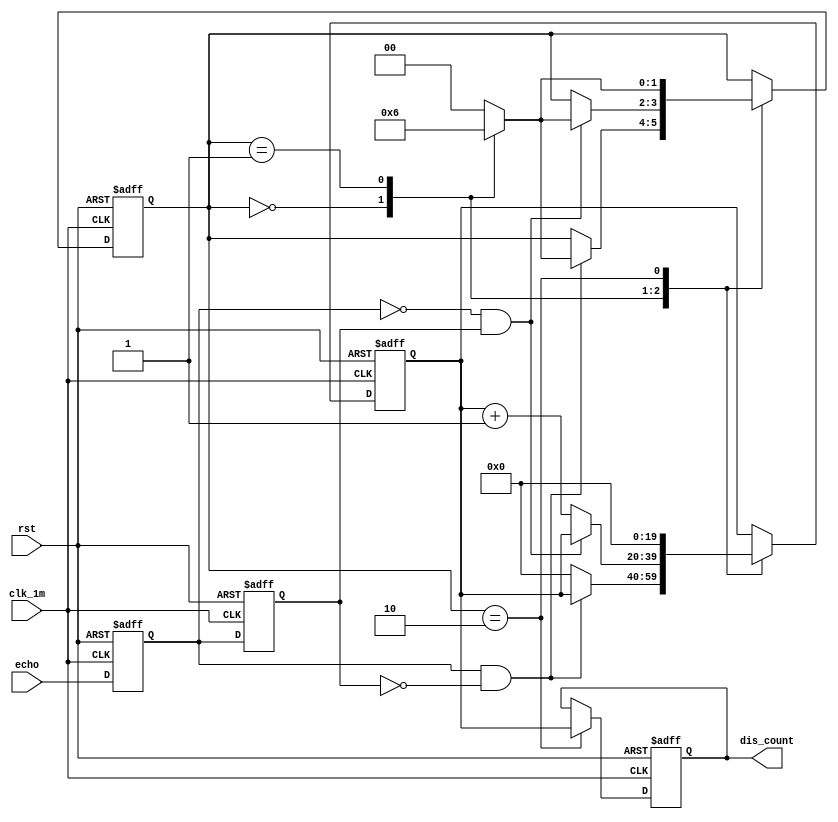
`timescale 1ns / 1ps
//////////////////////////////////////////////////////////////////////////////////
// Company: 
// Engineer: 
// 
// Design Name: 
// Module Name:    PosCounter 
// Project Name: 
// Target Devices: 
// Tool versions: 
// Description: 
//
// Dependencies: 
//
// Revision: 
// Revision 0.01 - File Created
// Additional Comments: 
//
//////////////////////////////////////////////////////////////////////////////////
module PosCounter(clk_1m, rst, echo, dis_count); // 

	input clk_1m, rst, echo;
	output[19:0] dis_count;

	/*
	 1us
	 
	 echo
	 
	*/

	parameter S0 = 2'b00, S1 = 2'b01, S2 = 2'b10; //  S0:, S1:, S2:
	reg[1:0] curr_state, next_state;
	reg echo_reg1, echo_reg2;
	assign start = echo_reg1&~echo_reg2;  //posedge
	assign finish = ~echo_reg1&echo_reg2; //negedge
	reg[19:0] count, dis_reg;
	wire[19:0] dis_count; //

	always@(posedge clk_1m, negedge rst)
	begin
		 if(~rst)
		 begin
			  echo_reg1 <= 0;
			  echo_reg2 <= 0;
			  count <= 0;
			  dis_reg <= 0;
			  curr_state <= S0;
		 end
		 else
		 begin
			  echo_reg1 <= echo;          // 
			  echo_reg2 <= echo_reg1;     // 
			  case(curr_state)
			  S0:begin//
						 if (start==1) // 
							  curr_state <= next_state; //S1
						 else
							  count <= 0;
					end
			  S1:begin//echo
						 if (finish==1) // 
							  curr_state <= next_state; //S2
						 else
							  begin
									count <= count + 1;
							  end
					end
			  S2:begin//
						 dis_reg <= count; // 
						 count <= 0;
						 curr_state <= next_state; //S0
					end
			  endcase
		 end
	end

	always@(curr_state)
	begin
		 case(curr_state)
		 S0:next_state <= S1;
		 S1:next_state <= S2;
		 S2:next_state <= S0;
		 default: next_state <= S0;
		 endcase
	end

	assign dis_count = dis_reg ; // 100

endmodule